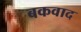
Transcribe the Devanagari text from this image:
बकवाद